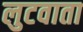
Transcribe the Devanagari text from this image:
लुटवाता